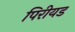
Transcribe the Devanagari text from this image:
पिरीयड